Report on sanitation, dispensaries, and jails in Rajputana for 1914, and on vaccination for the year 1914-1915 - 1914-1915
Year: 1914
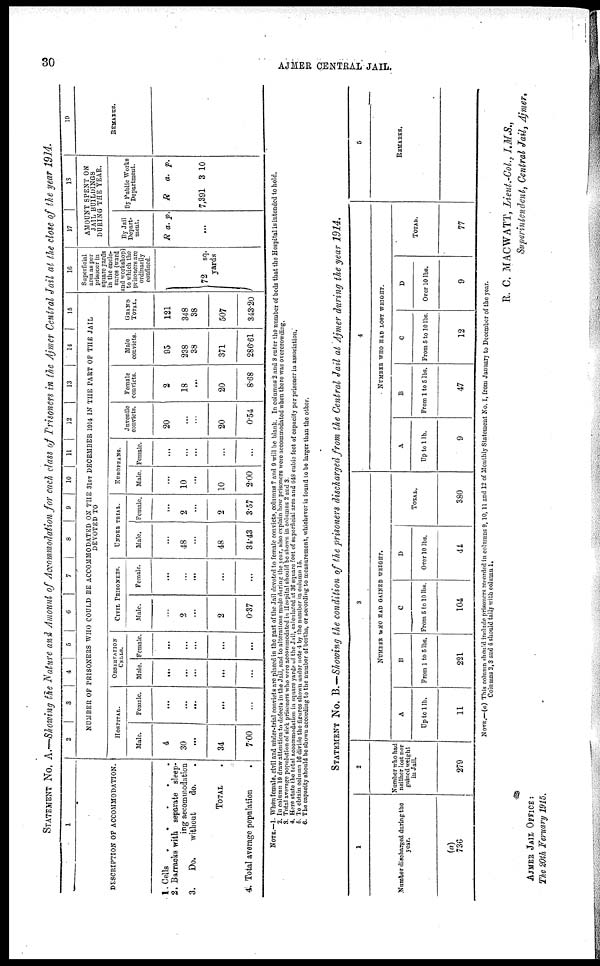
30
AJMER CENTRAL JAIL.
STATEMENT No. A.—Showing the Nature and Amount of Accommodation for each class of Prisoners in the Ajmer Central Jail at the close of the year 1914.
1
DESCRIPTION OF ACCOMMODATION.
1.
2.
3.
4.
Cells
.
.
.
.
Barracks with separate sleep-
ing accommodation
Do.
without
do.
TOTAL .
Total average population
.
2
3
4 5
6
7
8
9
10
11 12
13
14
15
NUMBER OF PRISONERS WHO COULD BE ACCOMMODATED ON THE 31ST DECEMBER 1914 IN THE PART OF THE JAIL
DEVOTED TO
HOSPITAL.
Male.
4
30
...
34
7.00
Female.
...
...
...
...
...
OBSERVATION
CELLS.
Male.
...
...
...
...
...
Female.
...
...
...
...
...
CIVIL PRISONERS.
Male.
...
2
...
2
0.37
Female.
...
...
...
...
...
UNDER TRIAL.
Male.
...
48
...
48
34.43
Female.
...
2
...
2
3.57
EUROPEANS.
Male.
...
10
...
10
2.00
Female.
...
...
...
...
...
Juvenile
convicts.
20
...
20
0.54
Female
convicts.
2
18
...
20
8.68
Male
convicts.
95
238
38
371
286.61
GRAND
TOTAL.
121
348
38
507
343.20
16
Superficial
area as per
prisoner in
square yards
in the enclo-
sures (ward
and workshop)
to which the
prisoners are
ordinarily
confined.
72 sq.
yards
17
18
AMOUNT SPENT ON
JAIL BUILUINGS
DURING THE YEAR.
By Jail
Depart-
ment.
R a. p.
...
By Public Works
Department.
R
7,391
a.
3
p.
10
19
REMARKS.
NOTE.—1. When female, civil and under-trial convicts are placed in the part of the Jail devoted to female convicts, columns 7 and 9 will be blank. In columns 2 and 3 enter the number of beds that the Hospital is intended to hold.
2. In column 19 draw attention to defects in the Jail, and to alterations made during the year, also explain how prisoners were accommodated when there was overcrowding.
3. Total average population of sick prisoners who were accommodated in Hospital should be shown in columns 2 and 3.
4. Here state the total accommodation in square yards of the Jail, calculated at 36 square feet of superficial area and 648 cubic feet of capacity per prisoner in association.
5. To obtain column 16 divide the figures shown under note 4 by the number in column 15.
6. The capacity should be shown according to the number of berths, or according to measurement, whichever is found to be larger than the other.
STATEMENT No. B.—Showing the condition of the prisoners discharged from the Central Jail at Ajmer during the year 1914.
1
Number discharged during the
year.
(a)
736
2
Number who had
neither lost nor
gained weight
in Jail.
279
3
NUMBER WHO HAD GAINED WEIGHT.
A
Up to 1 lb.
11
B
From 1 to 5 lbs.
221
C
From 5 to 10 lbs.
104
D
Over 10 lbs.
44
TOTAL.
380
4
NUMBER WHO HAD LOST WEIGHT.
A
Up to 1 lb.
9
B
From 1 to 5 lbs.
47
C
From 5 to 10 lbs.
12
D
Over 10 lbs.
9
TOTAL.
77
5
REMARKS.
NOTE.—(a) This column should include prisoners recorded in columns 9,10,11 and 12 of Monthly Statement No. I, from January to December of the year.
Columns 2,3 and 4 should tally with column 1.
R. C. MACWATT, Lieut.-Col, I.M.S.,
Superintendent, Central Jail, Ajmer,
AJMER JAIL OFFICE:
The 20th Feruary 1915.